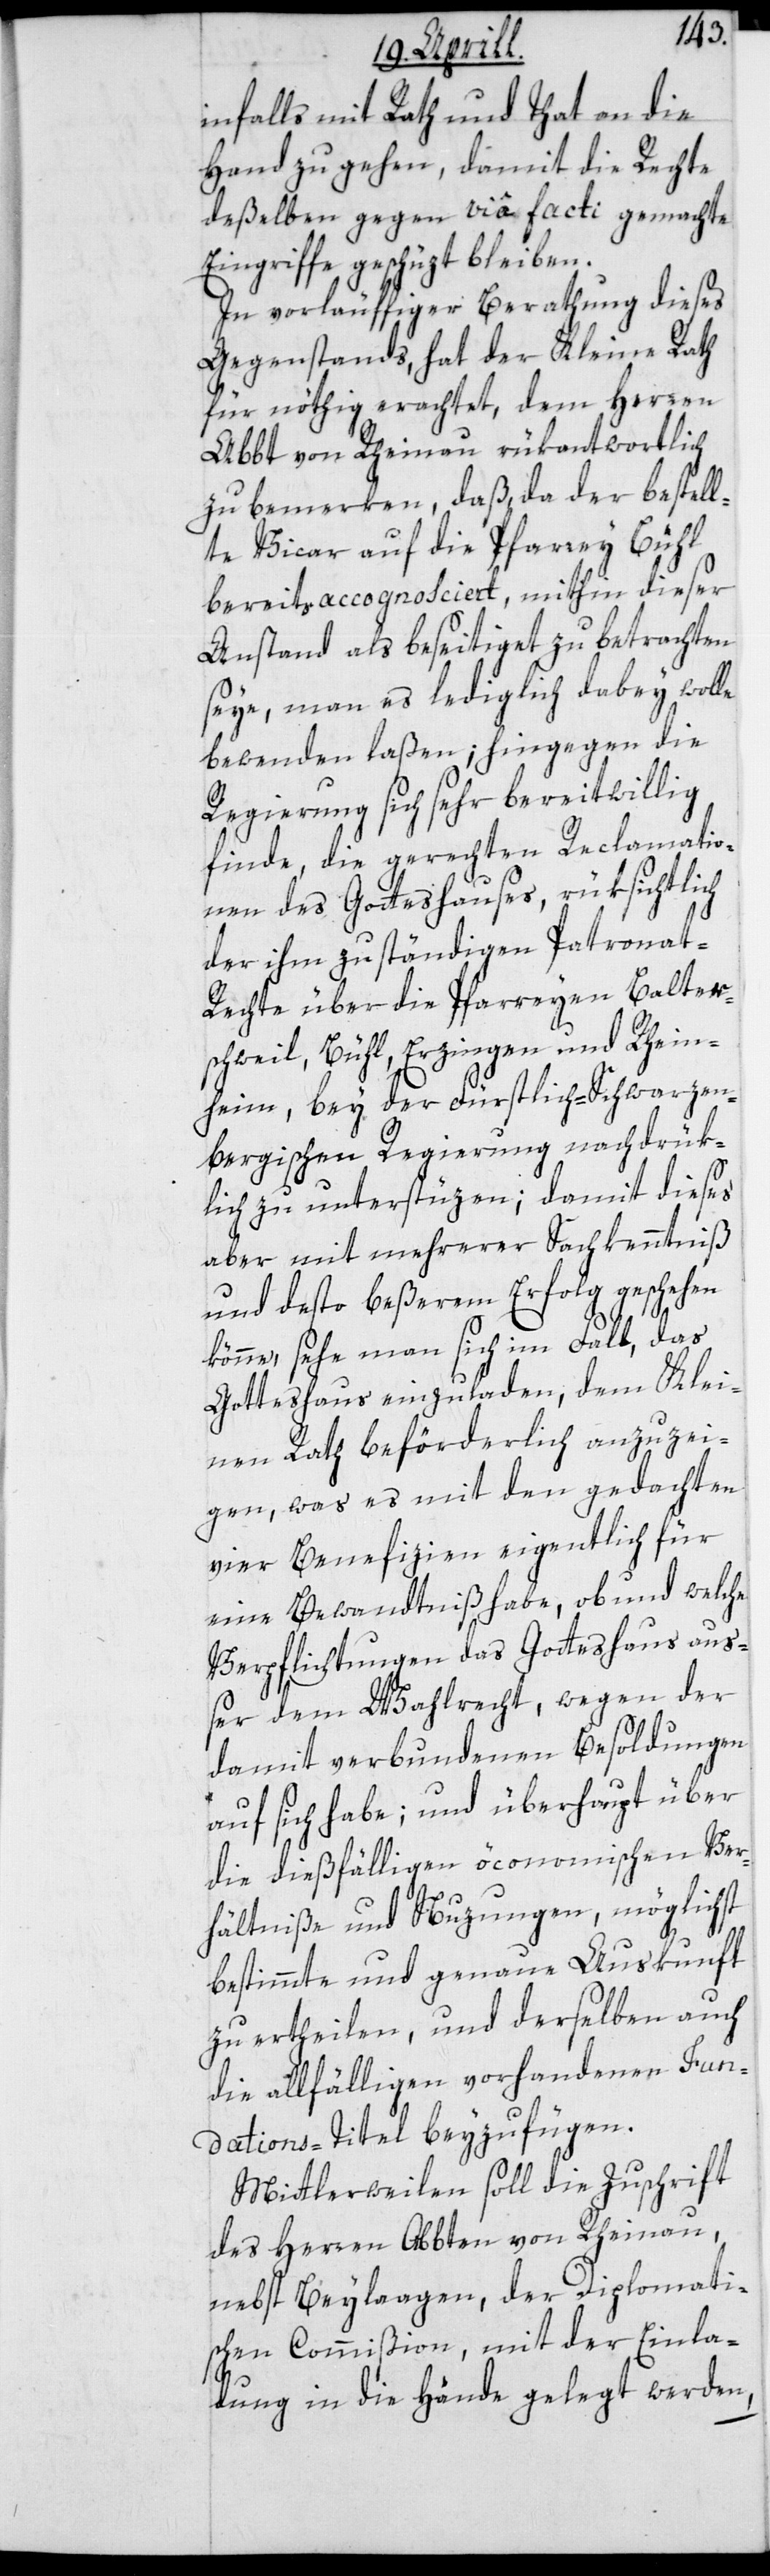
infalls mit Rath und That an die
Hand zu gehen, damit die Rechte
deßelben gegen via facti gemachte
Eingriffe geschüzt bleiben.
In vorläuffiger Berathung dieses
Gegenstands, hat der Kleine Rath
für nöthig erachtet, dem Herren
Abbt von Rheinau rükantwortlich
zu bemerken, daß, da der bestell¬
te Vicar auf die Pfarrey Bühl
bereits accognosciert, mithin dieser
Anstand als beseitiget zu betrachten
seye, man es lediglich dabey wolle
bewenden laßen; hingegen die
Regierung sich sehr bereitwillig
finde, die gerechten Reclamatio¬
nen des Gotteshauses, rüksichtlich
der ihm zuständigen Patronat-R¬
echte über die Pfarreyen Balter¬
schweil, Bühl, Erzingen und Rhein¬
heim, bey der Fürstlich-Schwarzen¬
bergischen Regierung nachdrük¬
lich zu unterstüzen; damit dieses
aber mit mehrerer Sachkenntniß
und desto beßerem Erfolg geschehen
könne, sehe man sich im Fall, das
Gotteshaus einzuladen, dem Klei¬
nen Rath beförderlich anzuzei¬
gen, was es mit den gedachten
vier Benefizien eigentlich für
eine Bewandtniß habe, ob und welche
Verpflichtungen des Gotteshaus auß¬
er dem Wahlrecht, wegen der
damit verbundenen Besoldungen
auf sich habe; und überhaupt über
die dießfälligen öconomischen Ver¬
hältniße und Nuzungen, möglichst
bestimmte und genaue Auskunft
zu ertheilen, und derselben auch
die allfälligen vorhandenen Fun¬
dations-Titel beyzufügen.
Mittlerweilen soll die Zuschrift
des Herren Abbten von Rheinau,
nebst Beylaagen, der Diplomati¬
schen Commißion mit der Einla¬
dung in die Hände gelegt werden,